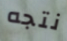
نتجه